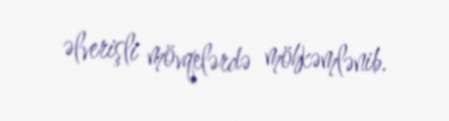
əlverişli mövqelərdə möhkəmlənib.